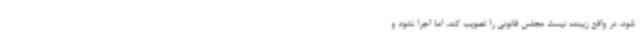
شود، در واقع زیبنده نیست مجلس قانونی را تصویب کند، اما اجرا نشود و